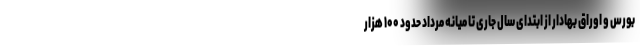
بورس و اوراق بهادار از ابتدای سال جاری تا میانه مرداد حدود ۱۰۰ هزار